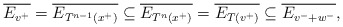
\begin{align*}\overline{E_{v^+}} = \overline{E_{T^{n-1}(x^+)}} \subseteq \overline{E_{T^n(x^+)}} = \overline{E_{T(v^+)}} \subseteq \overline{E_{v^- + w^-}},\end{align*}